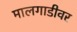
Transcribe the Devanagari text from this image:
मालगाडीवर